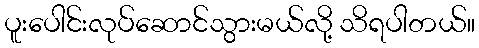
ပူးပေါင်းလုပ်ဆောင်သွားမယ်လို့ သိရပါတယ်။